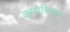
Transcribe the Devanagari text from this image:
कम्पेरिजन